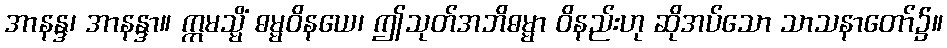
အာနန္ဒ၊ အာနန္ဒာ။ ဣမသ္မိံ ဓမ္မဝိနယေ၊ ဤသုတ်အဘိဓမ္မာ ဝိနည်းဟု ဆိုအပ်သော သာသနာတော်၌။